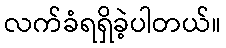
လက်ခံရရှိခဲ့ပါတယ်။